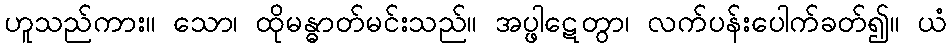
ဟူသည်ကား။ သော၊ ထိုမန္ဓာတ်မင်းသည်။ အပ္ဖါဋေတွာ၊ လက်ပန်းပေါက်ခတ်၍။ ယံ